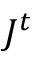
J ^ { t }